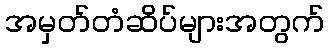
အမှတ်တံဆိပ်များအတွက်